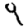
Digit: 9